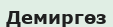
Демиргөз